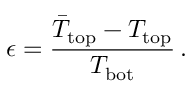
\epsilon = \frac { \bar { T } _ { \mathrm { t o p } } - T _ { \mathrm { t o p } } } { T _ { \mathrm { b o t } } } \, .